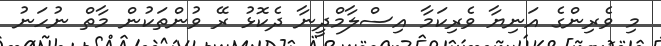
މި ވެރިންގެ އަނިޔާ ވެރިކަމާ އިސްލާމްދީނާ ދެކޮޅު ރޭ ވުންތަކުން މާތް ނުހަނު